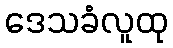
ဒေသခံလူထု